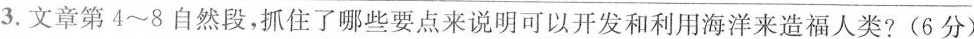
3.文章第4~8自然段，抓住了哪些要点来说明可以开发和利用海洋来造福人类?(6分)